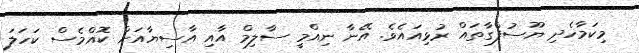
މިކަމާހެދި ޔޫސުފްގާތައް ރުޅިއައެވެ. އޭނާ ނިއްމީ ސާލިމް އާއި އާސިޔާއަށް ކޮއްމެސް ކަހަލަ